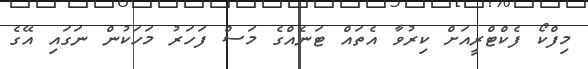
މިފްކޯ ފެކްޓްރީއަށް ކިރުވާ އެތައް ޓަނެއްގެ މަސް ފަހަރު މަހަކުން ނަގައި އޭގެ